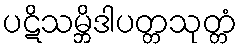
ပဋိသမ္ဘိဒါပတ္တသုတ္တံ